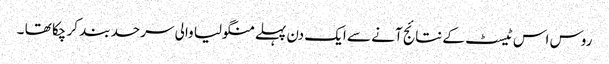
روس اس ٹیسٹ کے نتائج آنے سے ایک دن پہلے منگولیا والی سرحد بند کر چکا تھا ۔